Report on the administration of the Government Cinchona Department 1892-98
Year: 1892
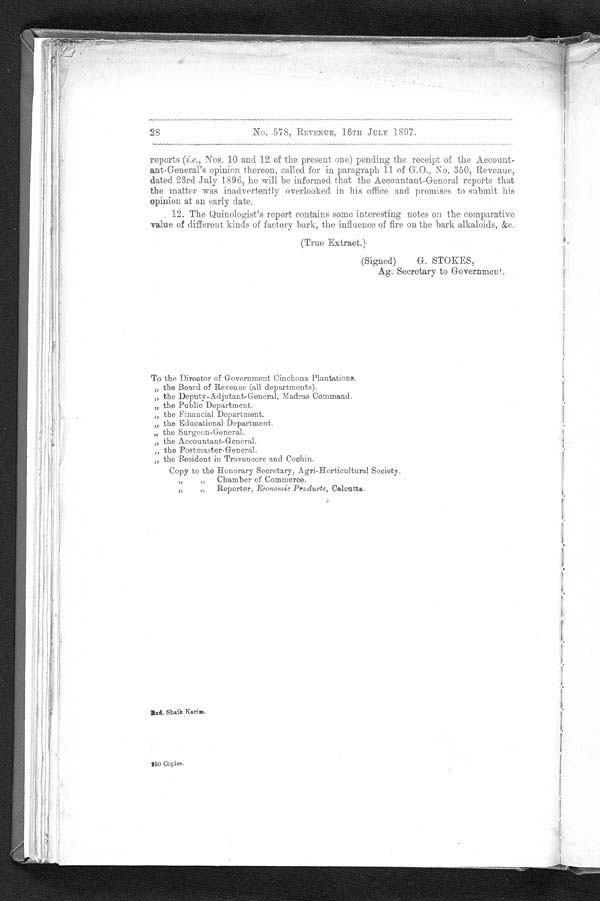
28
No. 578, REVENUE, 16TH JULY 1897.
reports ( i. e ., Nos. 10 and 12 of the present one) pending the receipt of the Account-
ant-General's opinion thereon, called for in paragraph 11 of G.O., No. 350, Revenue,
dated 23rd July 1896, he will be informed that the Accountant-General reports that
the matter was inadvertently overlooked in his office and promises to submit his
opinion at an early date.
12. The Quinologist's report contains some interesting notes on the comparative
value of different kinds of factory bark, the influence of fire on the bark alkaloids, &amp;c.
(True Extract.)
(Signed)
G. STOKES,
Ag. Secretary to Government.
To the - Director of Government Cinchona Plantations.
,, the Board of Revenue (all departments).
„ the Deputy-Adjutant-General, Madras Command.
,, the Public Department.
„ the Financial Department.
„ the Educational Department.
,, the Surgeon-General.
„ the Accountant-General.
,, the Postmaster General.
,, the Resident in Travancore and Cochin.
Copy to the Honorary Secretary, Agri-Horticultural Society.
, , „ Chamber of Commerce.
, , , , R e p o r t e r ,E c o n o m i c P r o d u c t s , C a l c u t t a .
Exd. Shaik Karim.
250 Copies.